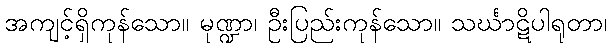
အကျင့်ရှိကုန်သော။ မုဏ္ဍာ၊ ဦးပြည်းကုန်သော။ သင်္ဃာဋိပါရုတာ၊